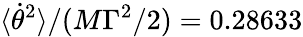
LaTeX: \langle\dot{\theta}^{2}\rangle/(M\Gamma^{2}/2)=0.28633